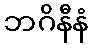
ဘဂိနီနံ